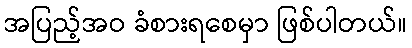
အပြည့်အဝ ခံစားရစေမှာ ဖြစ်ပါတယ်။